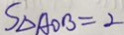
S _ { \Delta A O B } = 2